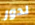
لدور